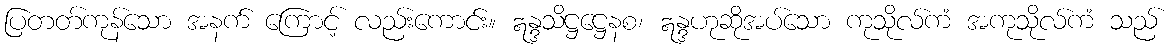
ပြတတ်ကုန်သော အနက် ကြောင့် လည်းကောင်း။ ဣန္ဒသိဋ္ဌဋ္ဌေနစ၊ ဣန္ဒဟုဆိုအပ်သော ကုသိုလ်ကံ အကုသိုလ်ကံ သည်